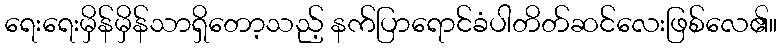
ရေးရေးမှိန်မှိန်သာရှိတော့သည့် နက်ပြာရောင်ခံပါတိတ်ဆင်လေးဖြစ်လေ၏။